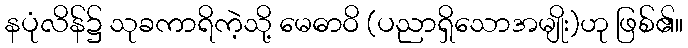
နပုံလိန်၌ သုခကာရိကဲ့သို့ မေဓာဝိ (ပညာရှိသောအမျိုး)ဟု ဖြစ်၏။